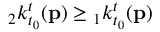
{ } _ { 2 } k _ { t _ { 0 } } ^ { t } ( \mathbf { p } ) \geq { } _ { 1 } k _ { t _ { 0 } } ^ { t } ( \mathbf { p } )